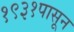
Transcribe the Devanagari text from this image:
१९३१पासून